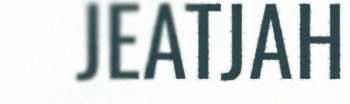
JEATJAH